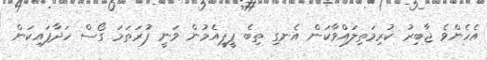
އެހެންވެ ޖާބިރު ކުރިމަތިލައްވާކަން އެނގި ތިބެ ޕީޕީއެމުން ވަނީ ފުރަތަމަ ގޯސް ހަދާފައިކަން